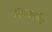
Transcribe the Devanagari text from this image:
गिल्कर्सन